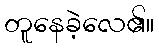
တူနေခဲ့လေ၏။